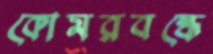
কোমরবন্ধে